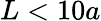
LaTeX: L<10a